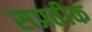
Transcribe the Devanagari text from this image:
सप्रतीक